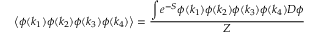
\left\langle \phi ( k _ { 1 } ) \phi ( k _ { 2 } ) \phi ( k _ { 3 } ) \phi ( k _ { 4 } ) \right\rangle = { \frac { \displaystyle \int e ^ { - S } \phi ( k _ { 1 } ) \phi ( k _ { 2 } ) \phi ( k _ { 3 } ) \phi ( k _ { 4 } ) D \phi } { Z } }